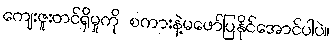
ကျေးဇူးတင်ရှိမှုကို စကားနဲ့မဖော်ပြနိုင်အောင်ပါပဲ။